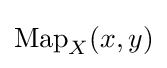
\operatorname {Map} _{X}(x,y)